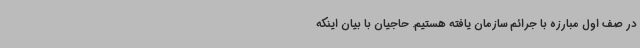
در صف اول مبارزه با جرائم سازمان یافته هستیم. حاجیان با بیان اینکه